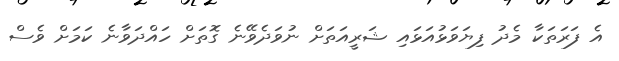
އެ ފަރަތަކާ މެދު ފިޔަވަޅުއަޅައި ޝަރީއަތަށް ނުވަދެވޭނެ ގޮތަށް ހައްދަވާނެ ކަމަށް ވެސް